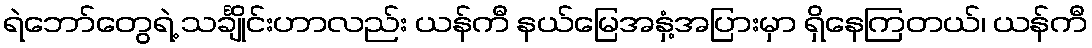
ရဲဘော်တွေရဲ့ သင်္ချိုင်းဟာလည်း ယန်ကီ နယ်မြေအနှံ့အပြားမှာ ရှိနေကြတယ်၊ ယန်ကီ